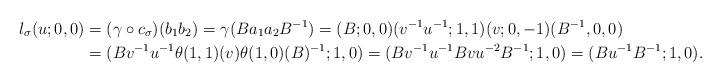
LaTeX: \begin{align*}l_\sigma(u ; 0,0) & = (\gamma \circ c_\sigma)( b_1 b_2) = \gamma( B a_1 a_2 B^{-1}) = (B;0,0) (v^{-1} u^{-1};1,1) (v;0,-1) (B^{-1},0,0) \\& = (B v^{-1} u^{-1} \theta(1,1)(v) \theta(1,0)(B)^{-1}; 1,0) = ( B v^{-1} u^{-1} B v u^{-2} B^{-1}; 1,0) = (B u^{-1} B^{-1}; 1,0).\end{align*}